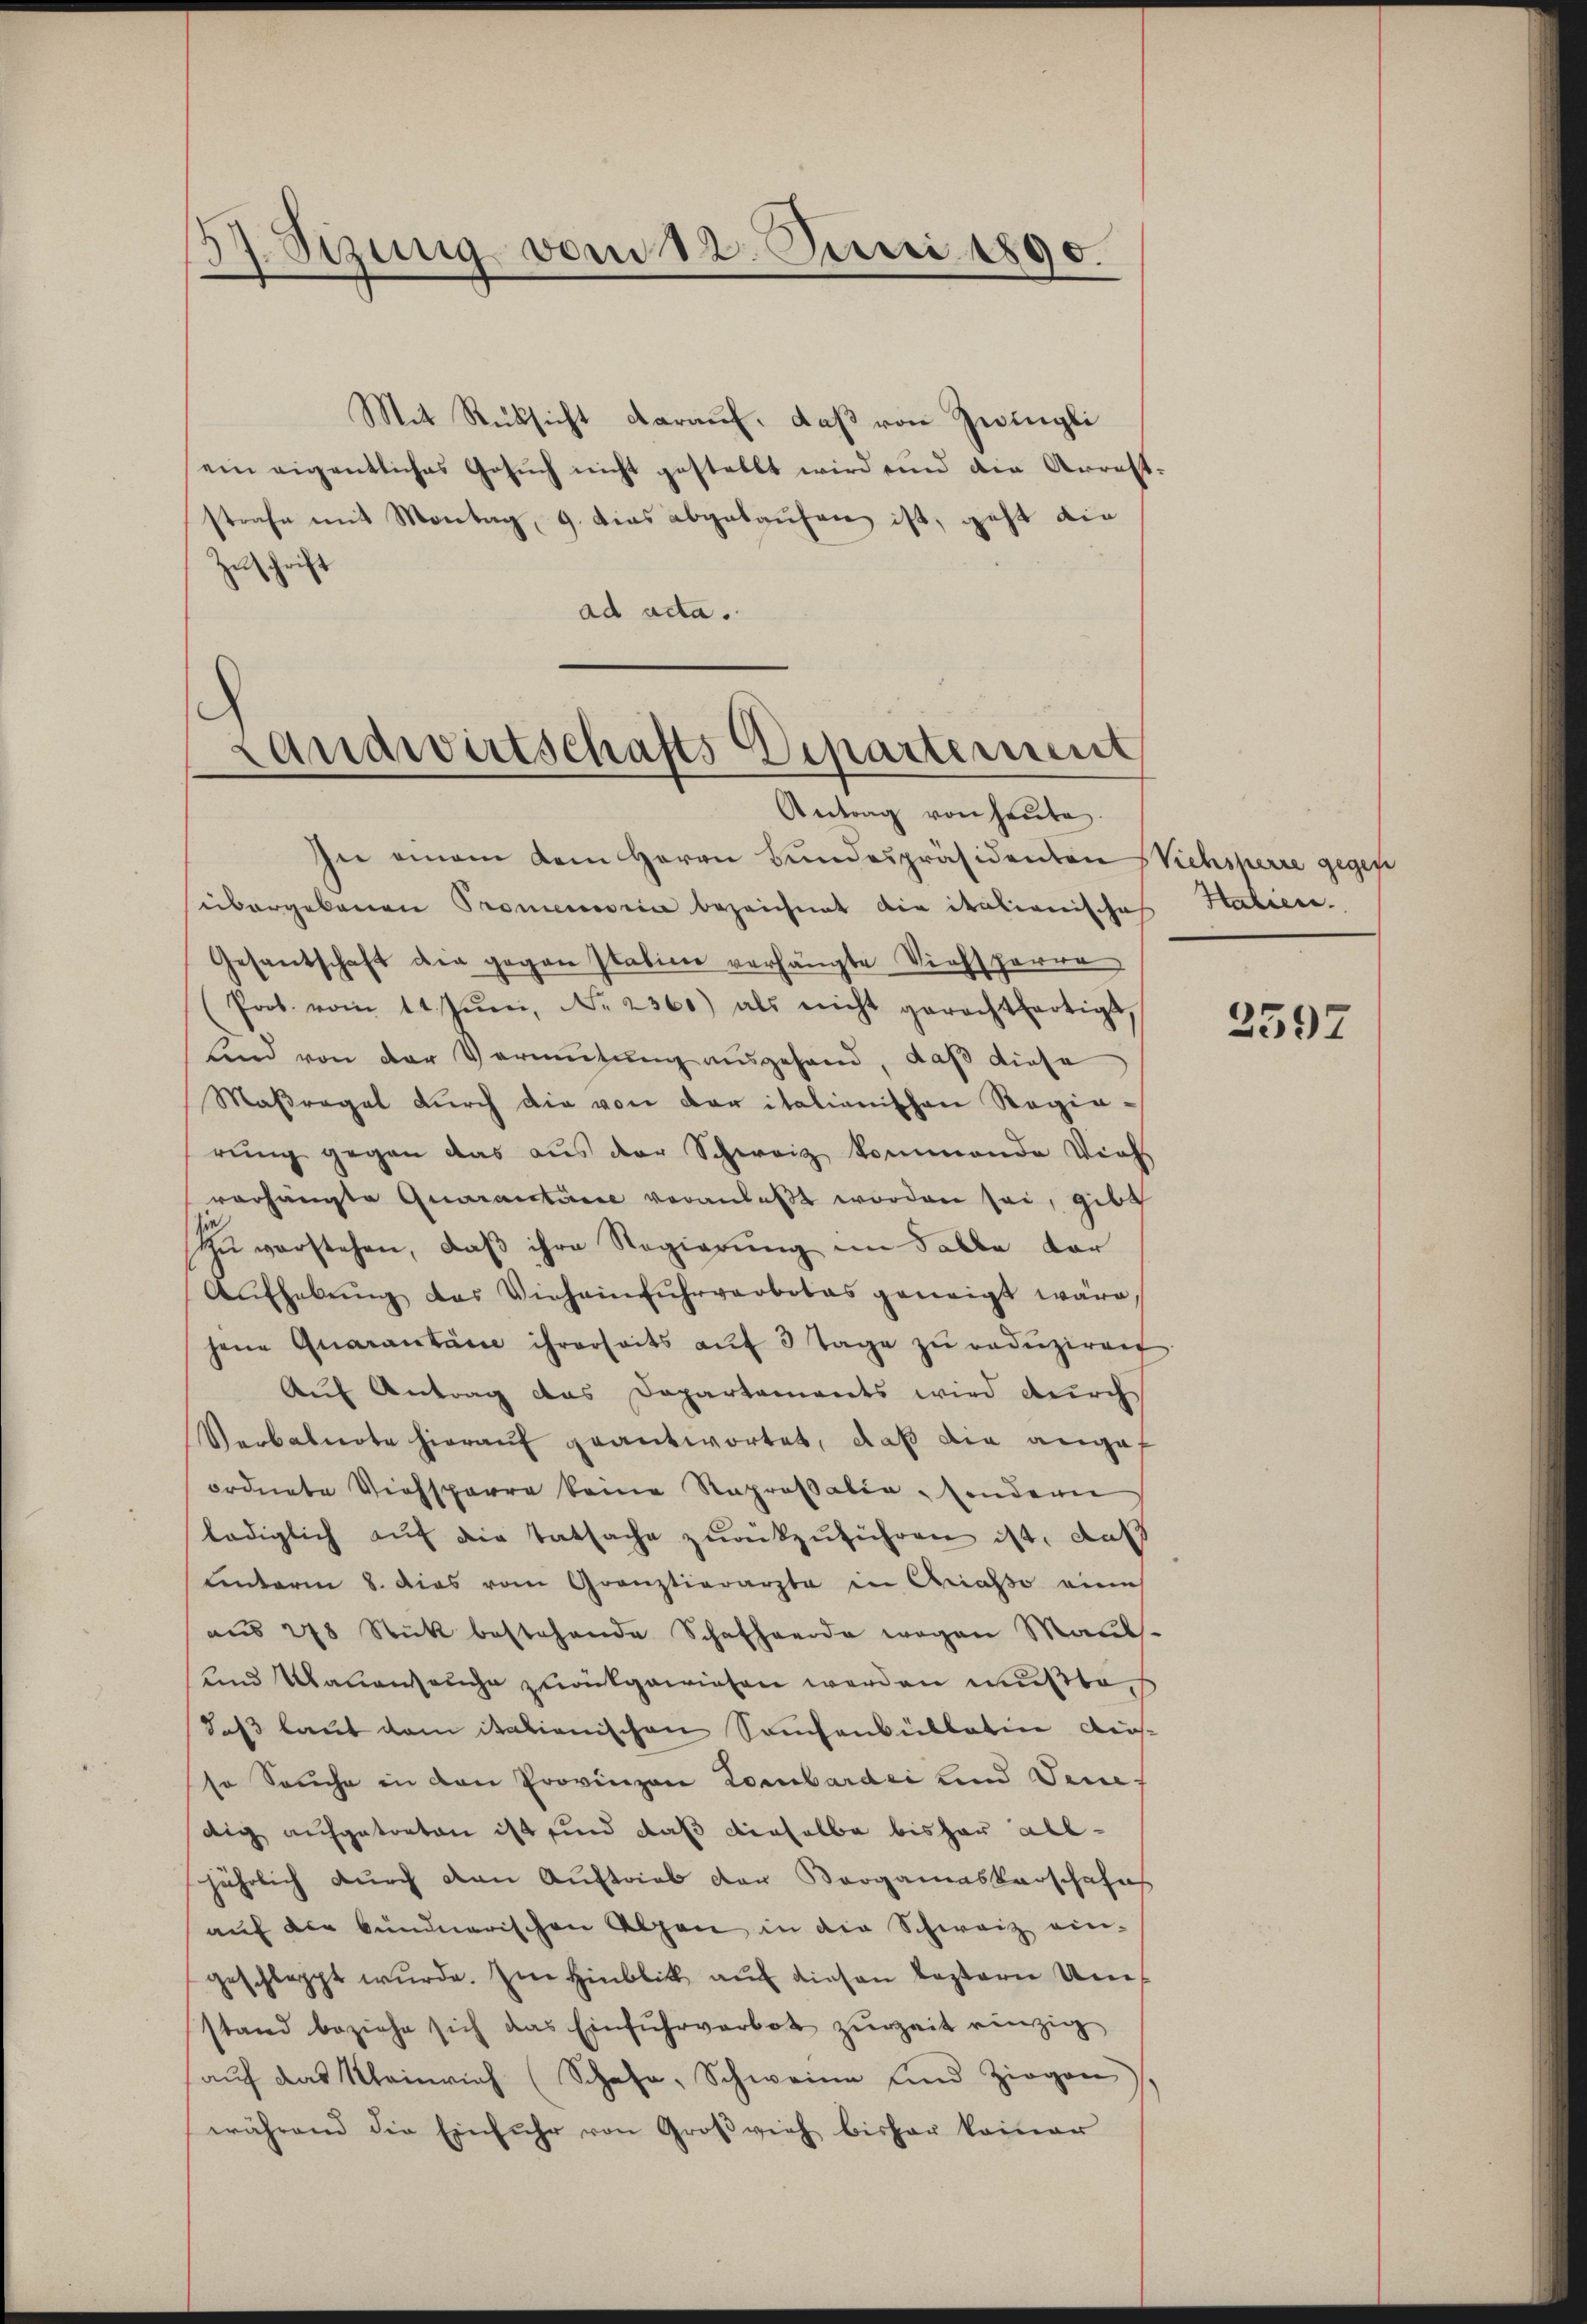
57. Sizung vom 12. Juni 1890.

Mit Rücksicht darauf, daß von Zwingli
ein eigentliches Gesŭch nicht gestellt wird und die Arrest-
strafe mit Montag, 9. dies abgekaufen ist, geht die
Zuschrift
ad acta.

Landwirtschafts Departement

Antrag von heute.
In einem dem Herrn Bundespräsidenten Kehsperre gegen
sübergebauen Promemoria bezeichnet die italienisches Italien.
Gesantschaft die gegen Italine verhängte Viehsperre
Prob. vom 11. Jŭni, No. 2300) als nicht gerechtfertigt,
sind von der Vermutung ausgefand, daß diese
Maßregel durch die von der italianischen Rogiarŭng gegen das aus der Schweiz kommende Viehs
vorhängte Quarantiere veranlaßt worden sei, gibt
Zu verstehen, daß ihre Regierung im Falle dor
Aŭfhebŭng das Viehainfŭhrverbotes geneigt wäre,
hene Quarantäre ihrerseits aŭf 3 Tage zŭ redŭziren
Auf Antrag das Departements wird durch
Verbalnote hierauf geantwortet, daß die angef
ordnete Viehsperre keine Raprosalia sondern
lediglich auf die Tatsache zurückzuführen ist, daß
Lentaren 8. dies vom Grauztierarzte in Criasso eine
aŭs 248 Stück bestehende Schafherde wegen Maul-
und auenseuche zurückgewiesen werden mußte, s
daß laut dem itationischen Samtanbullatin Ausso Seuche in den Provinzen Lombardii und Vene
dig aufgetreten ist und daß dieselbe bisher alljährlich durch den Auftrieb der Vorgamaskarschafes
auf die bundnerischen Alpen in die Schweiz eingeschlappt wŭrde. Im Hinblick auf diesen besterer Umstand beziehe sich das Einfŭhrverbot zŭrzeit einzig
aŭf das Kleinrich (Schafe, Schweine und Ziegen
während die Einfuhr von Großvieh bisher keiner

2597